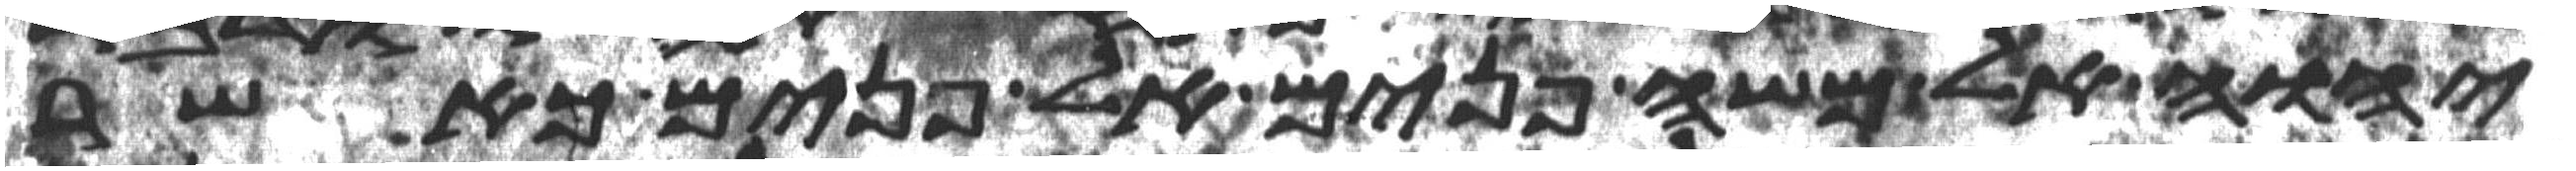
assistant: יהוה אל משה פנים אל פנים כאשר